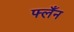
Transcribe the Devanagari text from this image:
फ्लँन